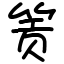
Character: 𬕂